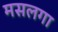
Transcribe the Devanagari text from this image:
मसलगा